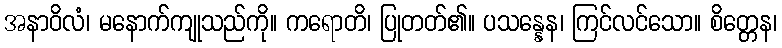
အနာဝိလံ၊ မနောက်ကျုသည်ကို။ ကရောတိ၊ ပြုတတ်၏။ ပသန္နေန၊ ကြင်လင်သော။ စိတ္တေန၊